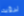
لرؤيه